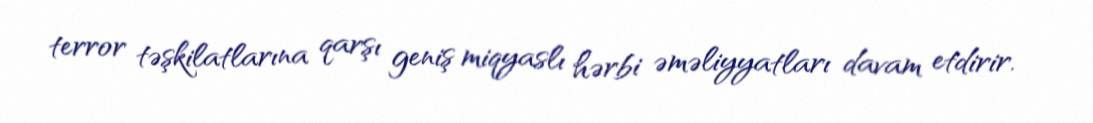
terror təşkilatlarına qarşı geniş miqyaslı hərbi əməliyyatları davam etdirir.